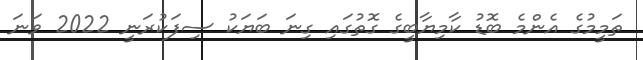
ތަމީމުގެ އެންމެ ބޮޑު ކާމިޔާބީގެ ގޮތުގައި ގިނަ ބަޔަކު ސިފަކުރަނީ 2022 ވަނަ